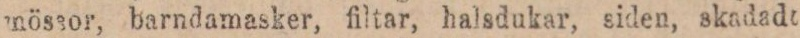
mössor, barndamasker, filtar, halsdukar, siden, skadade